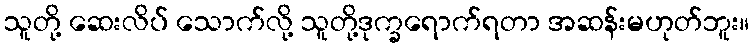
သူတို့ ဆေးလိပ် သောက်လို့ သူတို့ဒုက္ခရောက်ရတာ အဆန်းမဟုတ်ဘူး။